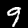
Label: 9